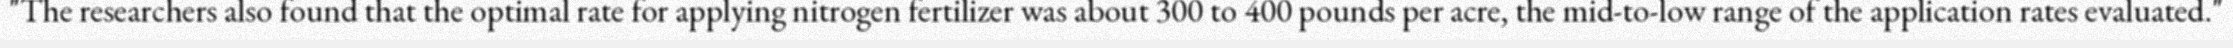
"The researchers also found that the optimal rate for applying nitrogen fertilizer was about 300 to 400 pounds per acre, the mid-to-low range of the application rates evaluated."